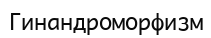
Гинандроморфизм